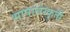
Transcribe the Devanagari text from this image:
भाषासंस्कृती